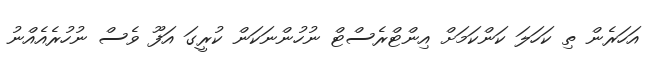
އަހަރެން ތި ކަހަލަ ކަންކަމަށް އިންޓްރެސްޓް ނުހުންނަކަން ކުރީގަ އަފޫ ވެސް ނުހުރެއެއްނު